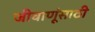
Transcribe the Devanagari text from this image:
जीवाणूंसाठी